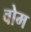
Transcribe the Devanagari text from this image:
वोम